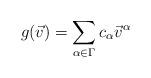
LaTeX: \begin{align*}g(\vec{v}) = \sum\limits_{\alpha \in \Gamma} c_{\alpha}\vec{v}^\alpha\end{align*}